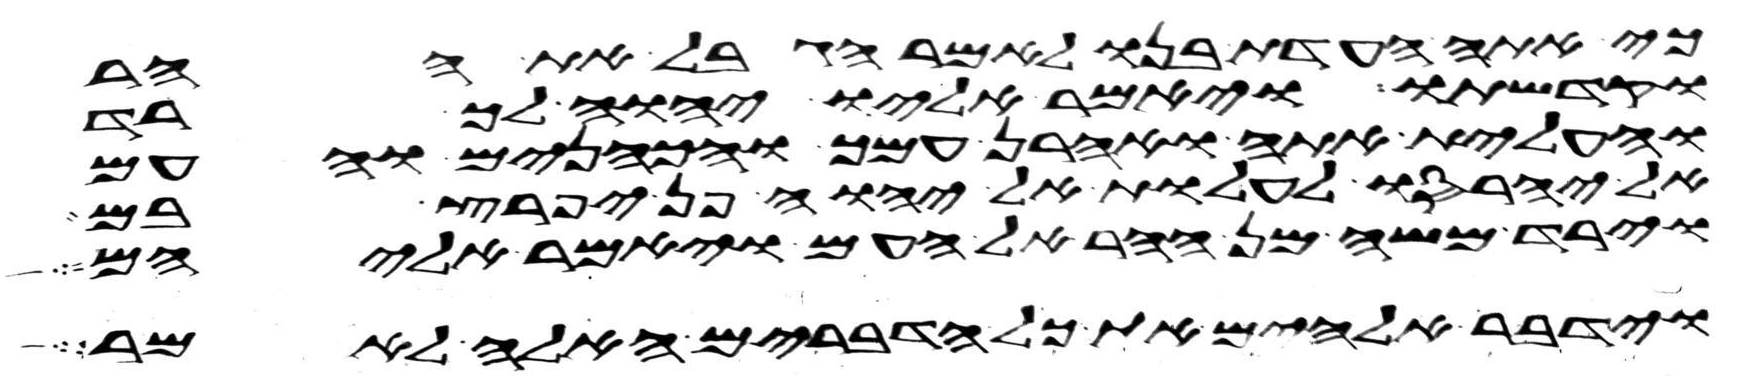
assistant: כי אתה העדת בנו לאמר הגבל את ההר
וקדשתו ויאמר אליו יהוה ך רד
ועלית אתה ואהרן עמך והכהנים והעם
אל יחרסו לעלות אל יהוה פן יפרץ בם
וירד משה מן ההר אל העם ויאמר אליהם
וידבר אלהים את כל הדברים האלה לאמר